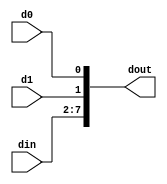
`timescale 1ns / 1ps
//////////////////////////////////////////////////////////////////////////////////
// Company: 
// Engineer: 
// 
// Design Name: 
// Module Name:    busmaker 
// Project Name: 
// Target Devices: 
// Tool versions: 
// Description: 
//
// Dependencies: 
//
// Revision: 
// Revision 0.01 - File Created
// Additional Comments: 
//
//////////////////////////////////////////////////////////////////////////////////
module busmaker( input [5:0] din, input d1,
input d0,
output reg [7:0] dout
    );

always @ (din or d1 or d0)
	dout<={din,d1,d0};

endmodule